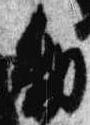
勅